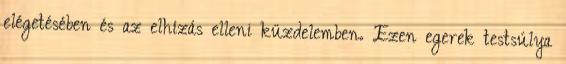
elégetésében és az elhízás elleni küzdelemben. Ezen egerek testsúlya